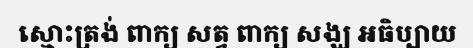
ស្មោះត្រង់ ពាក្យ សត្វ ពាក្យ សង្ឃ អធិប្បាយ